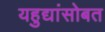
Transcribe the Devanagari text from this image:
यहुद्यांसोबत